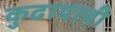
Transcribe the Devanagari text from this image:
कुढायाची